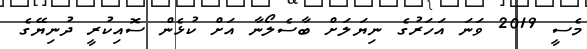
މެސީ 2019 ވަނަ އަހަރުގެ ނިޔަލަށް ބާސެލޯނާ އަށް ކުޅެން ސޮއިކުރީ ދުނިޔޭގެ